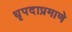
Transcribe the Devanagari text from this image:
धृपदाप्रमाणे